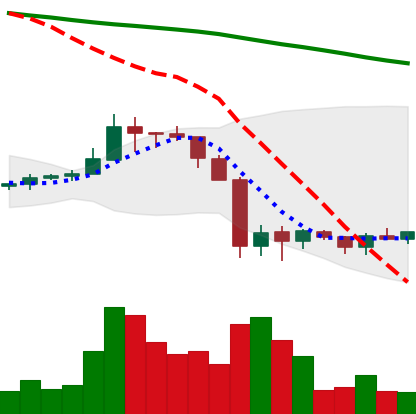
Ticker: ADA-USD
Chart end date: 2019-10-02
Forward return: 5.646%
Label: up_5_7